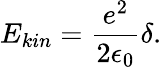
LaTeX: E_{kin}=\frac{e^{2}}{2\epsilon_{0}}\delta.